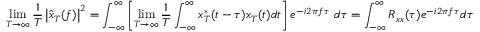
\operatorname* { l i m } _ { T \to \infty } { \frac { 1 } { T } } \left| { \hat { x } } _ { T } ( f ) \right| ^ { 2 } = \int _ { - \infty } ^ { \infty } \left[ \operatorname* { l i m } _ { T \to \infty } { \frac { 1 } { T } } \int _ { - \infty } ^ { \infty } x _ { T } ^ { * } ( t - \tau ) x _ { T } ( t ) d t \right] e ^ { - i 2 \pi f \tau } \ d \tau = \int _ { - \infty } ^ { \infty } R _ { x x } ( \tau ) e ^ { - i 2 \pi f \tau } d \tau